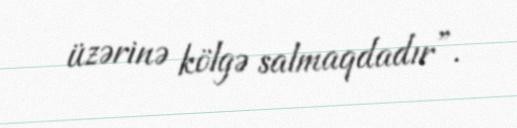
üzərinə kölgə salmaqdadır”.